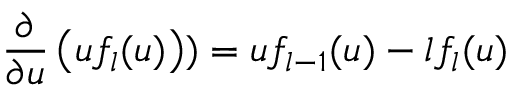
\frac { \partial } { \partial u } \left( u f _ { l } ( u ) \right) ) = u f _ { l - 1 } ( u ) - l f _ { l } ( u )